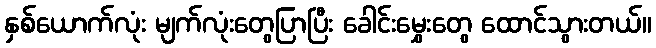
နှစ်ယောက်လုံး မျက်လုံးတွေပြာပြီး ခေါင်းမွှေးတွေ ထောင်သွားတယ်။